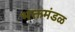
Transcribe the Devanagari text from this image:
भक्तमंडळ